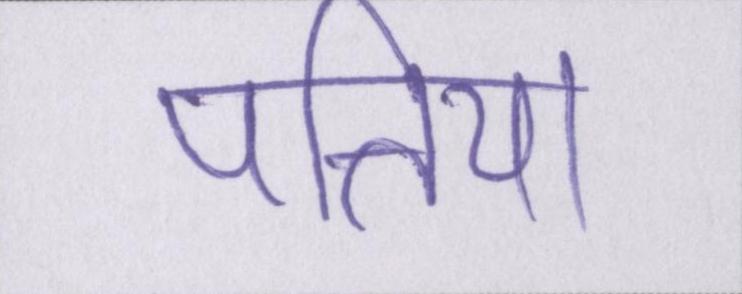
पत्तिया